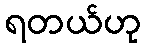
ရတယ်ဟု